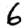
Digit: 6